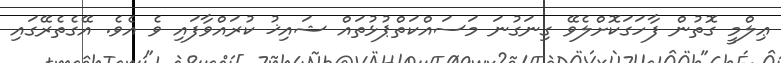
ޢިލްމީ ގޮތުން ފާހަގަކޮށްލެވޭ ގިނަގުނަ މަސައްކަތްޕުޅުތައް ޝައިޚު ކުރައްވާފައި ވެ އެވެ. އޭގެތެރޭގައި